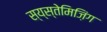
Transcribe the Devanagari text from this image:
स्य्स्तेमिज़िंग